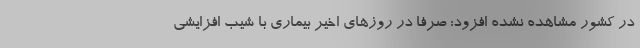
در کشور مشاهده نشده افزود: صرفا در روزهای اخیر بیماری با شیب افزایشی